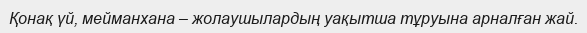
Қонақ үй, мейманхана – жолаушылардың уақытша тұруына арналған жай.